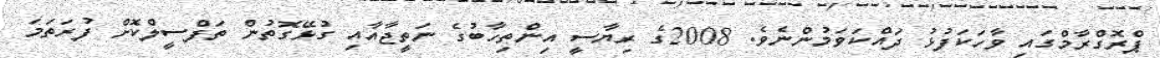
ޕްރޮގްރާމްގައި ވާހަކަފުޅު ދައްކަވަމުންނެވެ. 2008ގެ ރިޔާސީ އިންތިހާބުގެ ނަތީޖާއާއި ގުޅޭގޮތުން ތަފްސީލްކޮށް ފުރަތަމަ